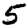
Digit: 5